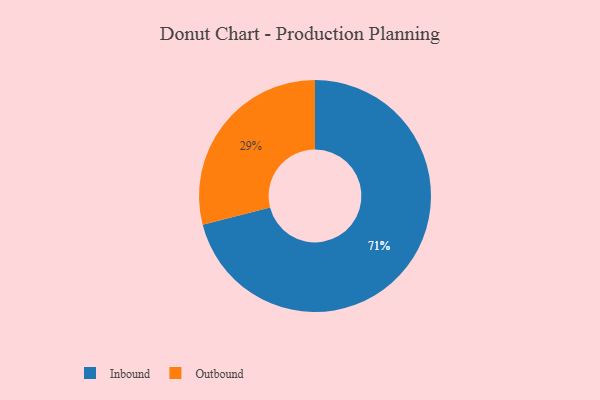
{"axis": {"x": "Category", "y": "Percentage"}, "legend": ["Inbound", "Outbound"], "data": [{"x": "Inbound", "y": 71, "type": "Inbound"}, {"x": "Outbound", "y": 29, "type": "Outbound"}]}